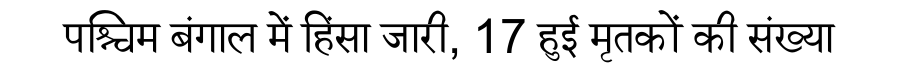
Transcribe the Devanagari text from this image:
पश्चिम बंगाल में हिंसा जारी, 17 हुई मृतकों की संख्या